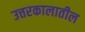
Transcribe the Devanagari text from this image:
उत्तरकालातील